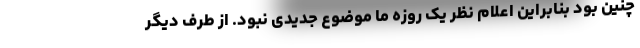
چنین بود بنابراین اعلام نظر یک روزه ما موضوع جدیدی نبود. از طرف دیگر